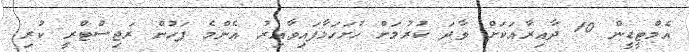
އެމްޓީޑީން 10 ދާއިރާއަކަށް ވާދަ ކުރުމަށް ހުށަހަޅާފައިވާއިރު އެންމެ ފަހުން ރަޖިސްޓްރީ ކުރި